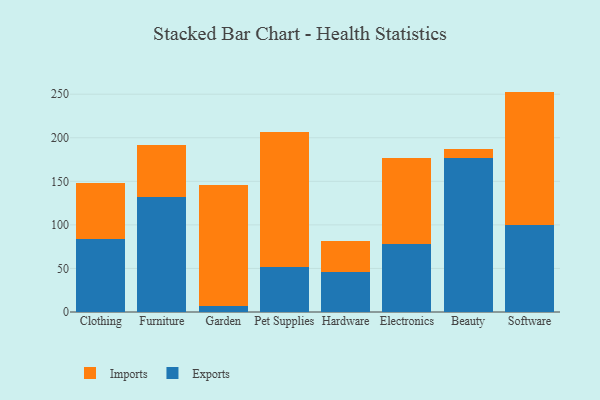
{"axis": {"x": "Category", "y": "Production Output"}, "legend": ["Exports", "Imports"], "data": [{"x": "Clothing", "y": 83.4, "type": "Exports"}, {"x": "Clothing", "y": 64.8, "type": "Imports"}, {"x": "Furniture", "y": 132.4, "type": "Exports"}, {"x": "Furniture", "y": 59.0, "type": "Imports"}, {"x": "Garden", "y": 6.8, "type": "Exports"}, {"x": "Garden", "y": 139.2, "type": "Imports"}, {"x": "Pet Supplies", "y": 52.0, "type": "Exports"}, {"x": "Pet Supplies", "y": 154.4, "type": "Imports"}, {"x": "Hardware", "y": 46.3, "type": "Exports"}, {"x": "Hardware", "y": 35.0, "type": "Imports"}, {"x": "Electronics", "y": 77.6, "type": "Exports"}, {"x": "Electronics", "y": 99.4, "type": "Imports"}, {"x": "Beauty", "y": 177.3, "type": "Exports"}, {"x": "Beauty", "y": 9.7, "type": "Imports"}, {"x": "Software", "y": 100.1, "type": "Exports"}, {"x": "Software", "y": 152.9, "type": "Imports"}]}